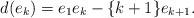
LaTeX: \begin{align*}d(e_k)=e_1e_k-\lbrace k+1\rbrace e_{k+1}.\end{align*}